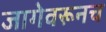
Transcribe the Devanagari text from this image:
जागेवरूनच